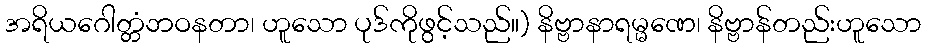
အရိယဂေါတ္တံဘဝနတာ၊ ဟူသော ပုဒ်ကိုဖွင့်သည်။) နိဗ္ဗာနာရမ္မဏေ၊ နိဗ္ဗာန်တည်းဟူသော